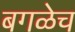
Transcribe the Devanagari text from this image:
बगळेच